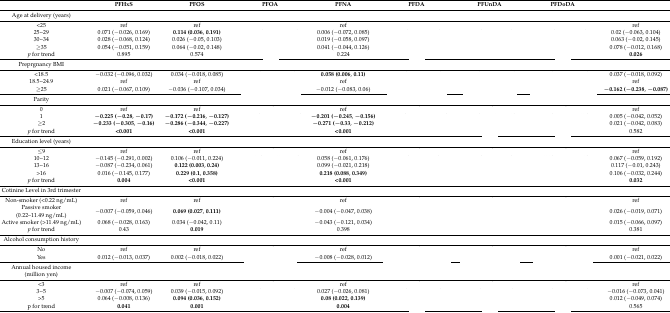
<table><thead><tr><td>[EMPTY_CELL]</td><td><b>PFHxS</b></td><td><b>PFOS</b></td><td><b>PFOA</b></td><td><b>PFNA</b></td><td><b>PFDA</b></td><td><b>PFUnDA</b></td><td><b>PFDoDA</b></td><td>[EMPTY_CELL]</td></tr></thead><tbody><tr><td>Age at delivery (years)</td><td>[EMPTY_CELL]</td><td>[EMPTY_CELL]</td><td>[EMPTY_CELL]</td><td>[EMPTY_CELL]</td><td>[EMPTY_CELL]</td><td>[EMPTY_CELL]</td><td>[EMPTY_CELL]</td><td>[EMPTY_CELL]</td></tr><tr><td>&lt;25</td><td>ref</td><td>ref</td><td>[EMPTY_CELL]</td><td>ref</td><td>[EMPTY_CELL]</td><td>[EMPTY_CELL]</td><td>[EMPTY_CELL]</td><td>ref</td></tr><tr><td>25~29</td><td>0.071 (−0.026, 0.169)</td><td><b>0.114 (0.036</b>, <b>0.191)</b></td><td>[EMPTY_CELL]</td><td>0.006 (−0.072, 0.085)</td><td>[EMPTY_CELL]</td><td>[EMPTY_CELL]</td><td>[EMPTY_CELL]</td><td>0.02 (−0.063, 0.104)</td></tr><tr><td>30~34</td><td>0.028 (−0.068, 0.124)</td><td>0.026 (−0.05, 0.103)</td><td>[EMPTY_CELL]</td><td>0.019 (−0.058, 0.097)</td><td>[EMPTY_CELL]</td><td>[EMPTY_CELL]</td><td>[EMPTY_CELL]</td><td>0.063 (−0.02, 0.145)</td></tr><tr><td>≥35</td><td>0.054 (−0.051, 0.159)</td><td>0.064 (−0.02, 0.148)</td><td>[EMPTY_CELL]</td><td>0.041 (−0.044, 0.126)</td><td>[EMPTY_CELL]</td><td>[EMPTY_CELL]</td><td>[EMPTY_CELL]</td><td>0.078 (−0.012, 0.168)</td></tr><tr><td><i>p</i> for trend</td><td>0.895</td><td>0.574</td><td>[EMPTY_CELL]</td><td>0.224</td><td>[EMPTY_CELL]</td><td>[EMPTY_CELL]</td><td>[EMPTY_CELL]</td><td><b>0.026</b></td></tr><tr><td>Preprgnancy BMI</td><td>[EMPTY_CELL]</td><td>[EMPTY_CELL]</td><td>[EMPTY_CELL]</td><td>[EMPTY_CELL]</td><td>[EMPTY_CELL]</td><td>[EMPTY_CELL]</td><td>[EMPTY_CELL]</td><td>[EMPTY_CELL]</td></tr><tr><td>&lt;18.5</td><td>−0.032 (−0.096, 0.032)</td><td>0.034 (−0.018, 0.085)</td><td>[EMPTY_CELL]</td><td><b>0.058 (0.006</b>, <b>0.11)</b></td><td>[EMPTY_CELL]</td><td>[EMPTY_CELL]</td><td>[EMPTY_CELL]</td><td>0.037 (−0.018, 0.092)</td></tr><tr><td>18.5~24.9</td><td>ref</td><td>ref</td><td>[EMPTY_CELL]</td><td>ref</td><td>[EMPTY_CELL]</td><td>[EMPTY_CELL]</td><td>[EMPTY_CELL]</td><td>ref</td></tr><tr><td>≥25</td><td>0.021 (−0.067, 0.109)</td><td>−0.036 (−0.107, 0.034)</td><td>[EMPTY_CELL]</td><td>−0.012 (−0.083, 0.06)</td><td>[EMPTY_CELL]</td><td>[EMPTY_CELL]</td><td>[EMPTY_CELL]</td><td><b>−0.162 (−0.238</b>, <b>−0.087)</b></td></tr><tr><td>Parity</td><td>[EMPTY_CELL]</td><td>[EMPTY_CELL]</td><td>[EMPTY_CELL]</td><td>[EMPTY_CELL]</td><td>[EMPTY_CELL]</td><td>[EMPTY_CELL]</td><td>[EMPTY_CELL]</td><td>[EMPTY_CELL]</td></tr><tr><td>0</td><td>ref</td><td>ref</td><td>[EMPTY_CELL]</td><td>ref</td><td>[EMPTY_CELL]</td><td>[EMPTY_CELL]</td><td>[EMPTY_CELL]</td><td>ref</td></tr><tr><td>1</td><td><b>−0.225 (−0.28</b>, <b>−0.17)</b></td><td><b>−0.172 (−0.216</b>, <b>−0.127)</b></td><td>[EMPTY_CELL]</td><td><b>−0.201 (−0.245</b>, <b>−0.156)</b></td><td>[EMPTY_CELL]</td><td>[EMPTY_CELL]</td><td>[EMPTY_CELL]</td><td>0.005 (−0.042, 0.052)</td></tr><tr><td>≥2</td><td><b>−0.233 (−0.305</b>, <b>−0.16)</b></td><td><b>−0.286 (−0.344</b>, <b>−0.227)</b></td><td>[EMPTY_CELL]</td><td><b>−0.271 (−0.33</b>, <b>−0.212)</b></td><td>[EMPTY_CELL]</td><td>[EMPTY_CELL]</td><td>[EMPTY_CELL]</td><td>0.021 (−0.042, 0.083)</td></tr><tr><td><i>p</i> for trend</td><td><b>&lt;0.001</b></td><td><b>&lt;0.001</b></td><td>[EMPTY_CELL]</td><td><b>&lt;0.001</b></td><td>[EMPTY_CELL]</td><td>[EMPTY_CELL]</td><td>[EMPTY_CELL]</td><td>0.582</td></tr><tr><td>Education level (years)</td><td>[EMPTY_CELL]</td><td>[EMPTY_CELL]</td><td>[EMPTY_CELL]</td><td>[EMPTY_CELL]</td><td>[EMPTY_CELL]</td><td>[EMPTY_CELL]</td><td>[EMPTY_CELL]</td><td>[EMPTY_CELL]</td></tr><tr><td>≤9</td><td>ref</td><td>ref</td><td>[EMPTY_CELL]</td><td>ref</td><td>[EMPTY_CELL]</td><td>[EMPTY_CELL]</td><td>[EMPTY_CELL]</td><td>ref</td></tr><tr><td>10~12</td><td>−0.145 (−0.291, 0.002)</td><td>0.106 (−0.011, 0.224)</td><td>[EMPTY_CELL]</td><td>0.058 (−0.061, 0.176)</td><td>[EMPTY_CELL]</td><td>[EMPTY_CELL]</td><td>[EMPTY_CELL]</td><td>0.067 (−0.059, 0.192)</td></tr><tr><td>13~16</td><td>−0.087 (−0.234, 0.061)</td><td><b>0.122 (0.003</b>, <b>0.24)</b></td><td>[EMPTY_CELL]</td><td>0.099 (−0.021, 0.218)</td><td>[EMPTY_CELL]</td><td>[EMPTY_CELL]</td><td>[EMPTY_CELL]</td><td>0.117 (−0.01, 0.243)</td></tr><tr><td>&gt;16</td><td>0.016 (−0.145, 0.177)</td><td><b>0.229 (0.1</b>, <b>0.358)</b></td><td>[EMPTY_CELL]</td><td><b>0.218 (0.088</b>, <b>0.349)</b></td><td>[EMPTY_CELL]</td><td>[EMPTY_CELL]</td><td>[EMPTY_CELL]</td><td>0.106 (−0.032, 0.244)</td></tr><tr><td><i>p</i> for trend</td><td><b>0.004</b></td><td><b>&lt;0.001</b></td><td>[EMPTY_CELL]</td><td><b>&lt;0.001</b></td><td>[EMPTY_CELL]</td><td>[EMPTY_CELL]</td><td>[EMPTY_CELL]</td><td><b>0.032</b></td></tr><tr><td>Cotinine Level in 3rd trimester</td><td>[EMPTY_CELL]</td><td>[EMPTY_CELL]</td><td>[EMPTY_CELL]</td><td>[EMPTY_CELL]</td><td>[EMPTY_CELL]</td><td>[EMPTY_CELL]</td><td>[EMPTY_CELL]</td><td>[EMPTY_CELL]</td></tr><tr><td>Non-smoker (&lt;0.22 ng/mL)</td><td>ref</td><td>ref</td><td>[EMPTY_CELL]</td><td>ref</td><td>[EMPTY_CELL]</td><td>[EMPTY_CELL]</td><td>[EMPTY_CELL]</td><td>ref</td></tr><tr><td>Passive smoker (0.22–11.49 ng/mL)</td><td>−0.007 (−0.059, 0.046)</td><td><b>0.069 (0.027</b>, <b>0.111)</b></td><td>[EMPTY_CELL]</td><td>−0.004 (−0.047, 0.038)</td><td>[EMPTY_CELL]</td><td>[EMPTY_CELL]</td><td>[EMPTY_CELL]</td><td>0.026 (−0.019, 0.071)</td></tr><tr><td>Active smoker (&gt;11.49 ng/mL)</td><td>0.068 (−0.028, 0.163)</td><td>0.034 (−0.042, 0.11)</td><td>[EMPTY_CELL]</td><td>−0.043 (−0.121, 0.034)</td><td>[EMPTY_CELL]</td><td>[EMPTY_CELL]</td><td>[EMPTY_CELL]</td><td>0.015 (−0.066, 0.097)</td></tr><tr><td><i>p</i> for trend</td><td>0.43</td><td><b>0.019</b></td><td>[EMPTY_CELL]</td><td>0.398</td><td>[EMPTY_CELL]</td><td>[EMPTY_CELL]</td><td>[EMPTY_CELL]</td><td>0.381</td></tr><tr><td>Alcohol consumption history</td><td>[EMPTY_CELL]</td><td>[EMPTY_CELL]</td><td>[EMPTY_CELL]</td><td>[EMPTY_CELL]</td><td>[EMPTY_CELL]</td><td>[EMPTY_CELL]</td><td>[EMPTY_CELL]</td><td>[EMPTY_CELL]</td></tr><tr><td>No</td><td>ref</td><td>ref</td><td>[EMPTY_CELL]</td><td>ref</td><td>[EMPTY_CELL]</td><td>[EMPTY_CELL]</td><td>[EMPTY_CELL]</td><td>ref</td></tr><tr><td>Yes</td><td>0.012 (−0.013, 0.037)</td><td>0.002 (−0.018, 0.022)</td><td>[EMPTY_CELL]</td><td>−0.008 (−0.028, 0.012)</td><td>[EMPTY_CELL]</td><td>[EMPTY_CELL]</td><td>[EMPTY_CELL]</td><td>0.001 (−0.021, 0.022)</td></tr><tr><td>Annual housed income (million yen)</td><td>[EMPTY_CELL]</td><td>[EMPTY_CELL]</td><td>[EMPTY_CELL]</td><td>[EMPTY_CELL]</td><td>[EMPTY_CELL]</td><td>[EMPTY_CELL]</td><td>[EMPTY_CELL]</td><td>[EMPTY_CELL]</td></tr><tr><td>&lt;3</td><td>ref</td><td>ref</td><td>[EMPTY_CELL]</td><td>ref</td><td>[EMPTY_CELL]</td><td>[EMPTY_CELL]</td><td>[EMPTY_CELL]</td><td>ref</td></tr><tr><td>3~5</td><td>−0.007 (−0.074, 0.059)</td><td>0.039 (−0.015, 0.092)</td><td>[EMPTY_CELL]</td><td>0.027 (−0.026, 0.081)</td><td>[EMPTY_CELL]</td><td>[EMPTY_CELL]</td><td>[EMPTY_CELL]</td><td>−0.016 (−0.073, 0.041)</td></tr><tr><td>&gt;5</td><td>0.064 (−0.008, 0.136)</td><td><b>0.094 (0.036</b>, <b>0.152)</b></td><td>[EMPTY_CELL]</td><td><b>0.08 (0.022</b>, <b>0.139)</b></td><td>[EMPTY_CELL]</td><td>[EMPTY_CELL]</td><td>[EMPTY_CELL]</td><td>0.012 (−0.049, 0.074)</td></tr><tr><td>p for trend</td><td><b>0.041</b></td><td><b>0.001</b></td><td>[EMPTY_CELL]</td><td><b>0.004</b></td><td>[EMPTY_CELL]</td><td>[EMPTY_CELL]</td><td>[EMPTY_CELL]</td><td>0.565</td></tr></tbody></table>